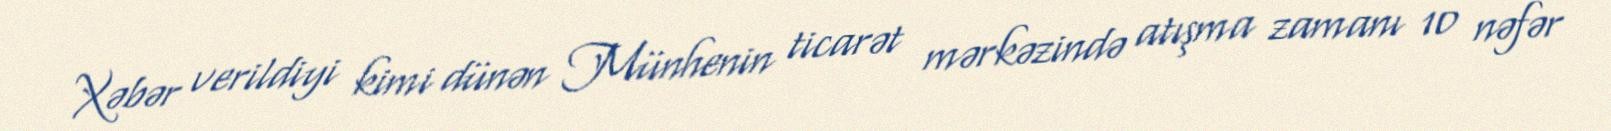
Xəbər verildiyi kimi dünən Münhenin ticarət mərkəzində atışma zamanı 10 nəfər